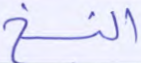
النسخ